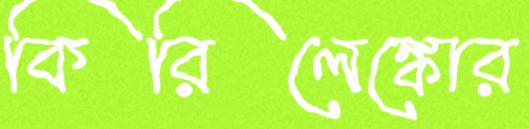
কিরিলেঙ্কোর